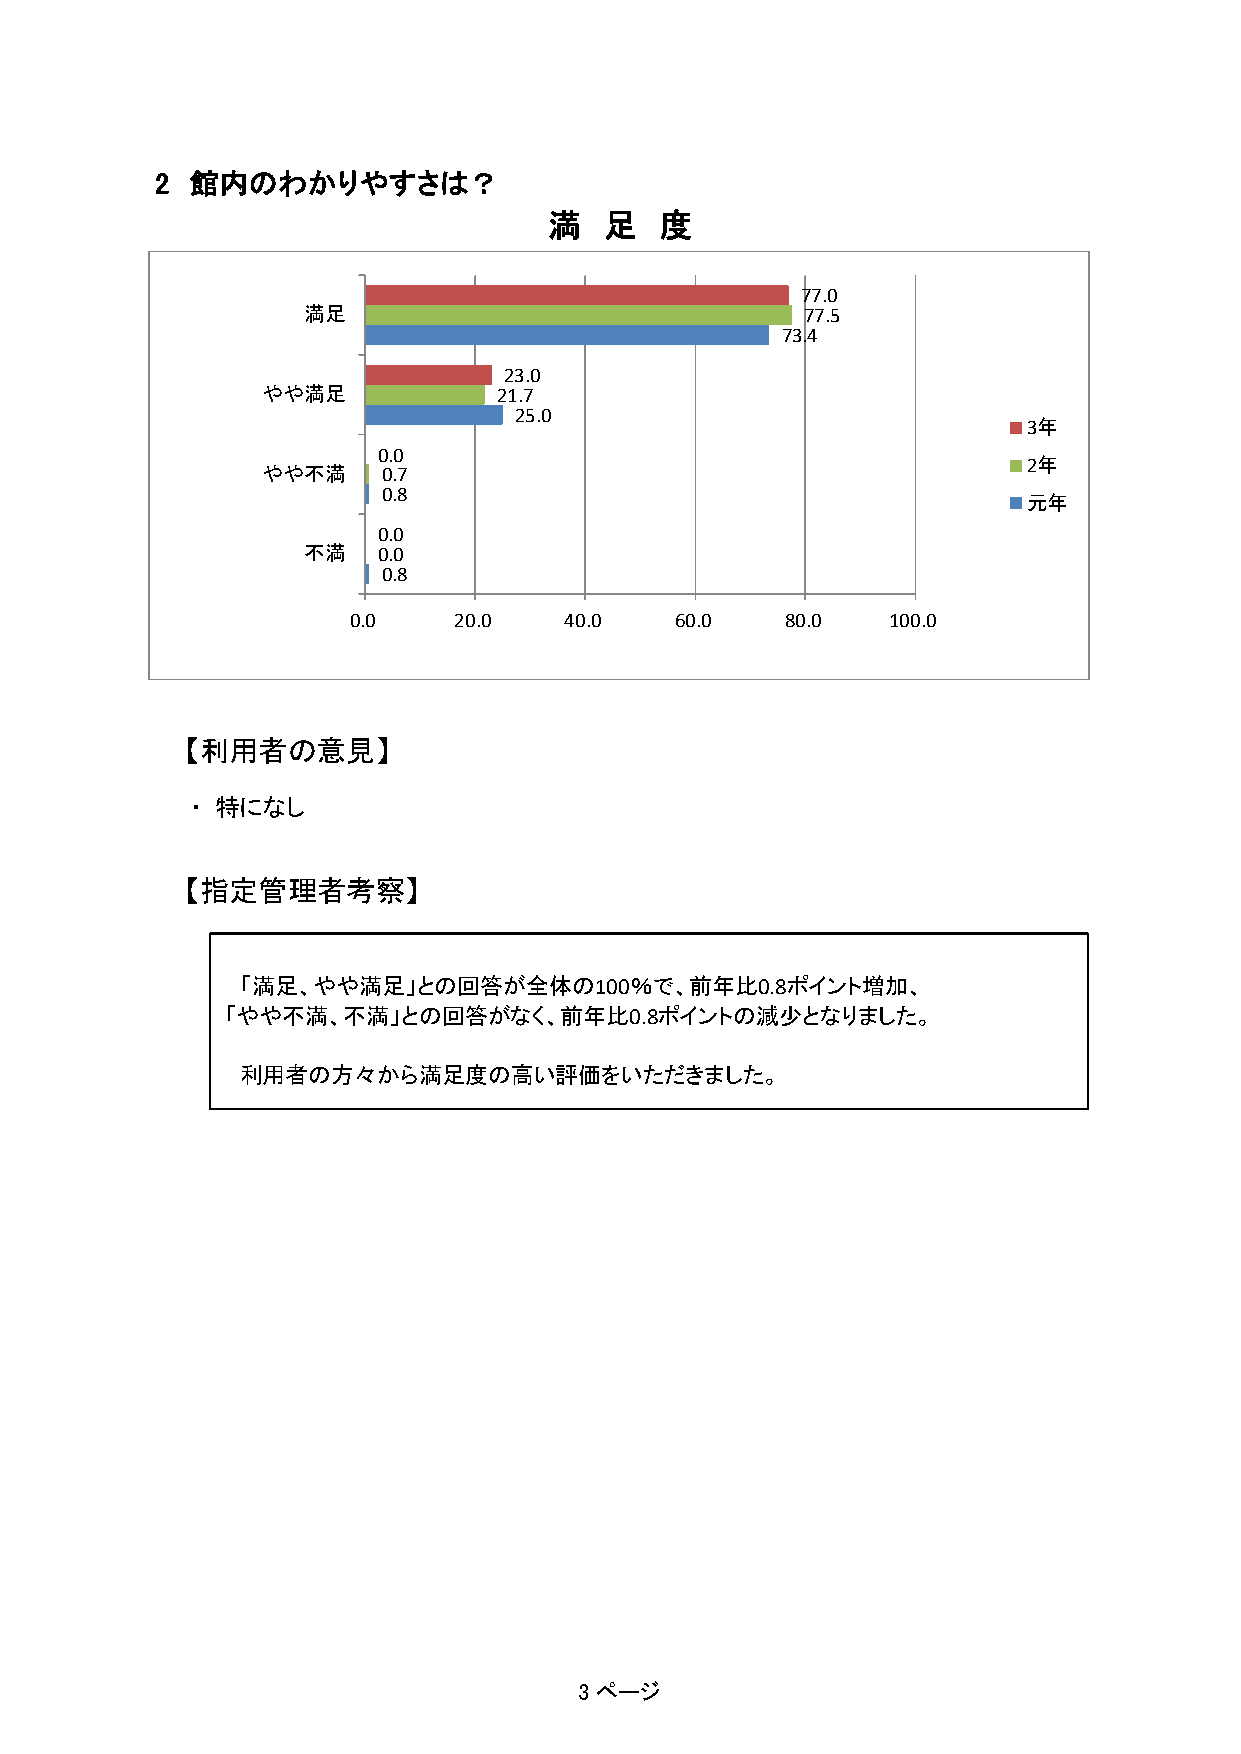
2  館内のわかりやすさは？
 満   足   度
 重   要   度
 77.0
 満足                               77.5
 73.4
 23.0
 やや満足            21.7
 25.0
 3年
 0.0
 2年
 やや不満    0.7
 0.8                                        元年
 0.0
 不満   0.0
 0.8
 0.0    20.0   40.0    60.0   80.0   100.0
 【利用者の意見】
 ・ 特になし
 【指定管理者考察】
 「満足、やや満足」との回答が全体の100％で、前年比0.8ポイント増加、
 「やや不満、不満」との回答がなく、前年比0.8ポイントの減少となりました。
 利用者の方々から満足度の高い評価をいただきました。
 3 ページ